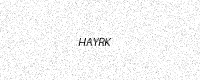
Text: HAYRK